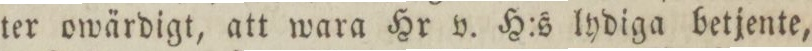
ter owärdigt, att wara Hr v. H:s lydiga betjente,